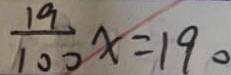
\frac { 1 9 } { 1 0 0 } x = 1 9 0